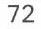
72